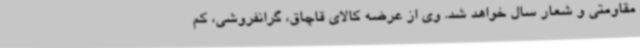
مقاومتی و شعار سال خواهد شد. وی از عرضه کالای قاچاق، گرانفروشی، کم